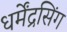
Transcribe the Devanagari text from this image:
धर्मेंद्रसिंग